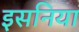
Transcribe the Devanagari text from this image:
इसनिया